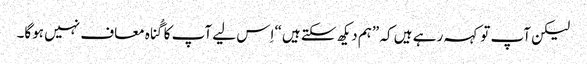
‏ لیکن آپ تو کہہ رہے ہیں کہ ”‏ہم دیکھ سکتے ہیں“‏ اِس لیے آپ کا گُناہ معاف نہیں ہوگا۔